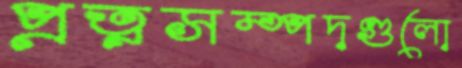
প্রত্নসম্পদগুলো